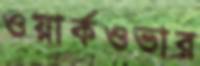
ওয়ার্কওভার